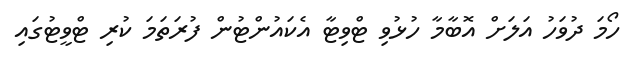
ހޯމަ ދުވަހު އަލަށް އޮބާމާ ހުޅުވި ޓްވިޓާ އެކައުންޓުން ފުރަތަމަ ކުރި ޓްވީޓުގައި